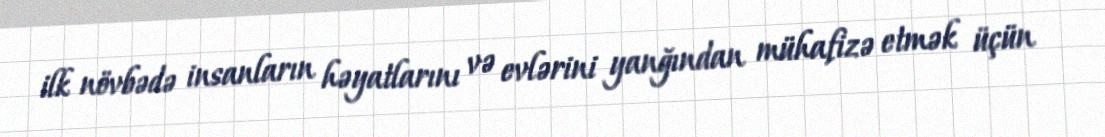
ilk növbədə insanların həyatlarını və evlərini yanğından mühafizə etmək üçün